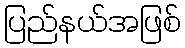
ပြည်နယ်အဖြစ်